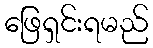
ဖြေရှင်းရမည်